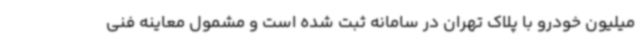
میلیون خودرو با پلاک تهران در سامانه ثبت شده است و مشمول معاینه فنی